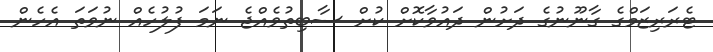
ޓެރަރިޒަމްގެ ގާނޫނުގެ ދަށުން ދައުވާކޮށް ކުށް ސާބިތުވެއްޖެ ނަމަ ފުލުހެއް ނުވަތަ އެހެން